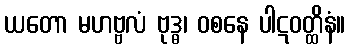
ယတော မဟဗ္ဗလံ ဗုဒ္ဓ၊ ဝစနေ ပါဋဝတ္ထိနံ။